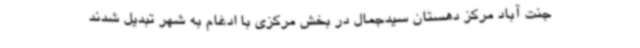
جنت آباد مرکز دهستان سیدجمال در بخش مرکزی با ادغام به شهر تبدیل شدند